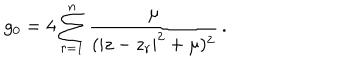
g _ { 0 } = 4 \sum _ { r = 1 } ^ { n } { \frac { \mu } { ( | z - z _ { r } | ^ { 2 } + \mu ) ^ { 2 } } } \, .